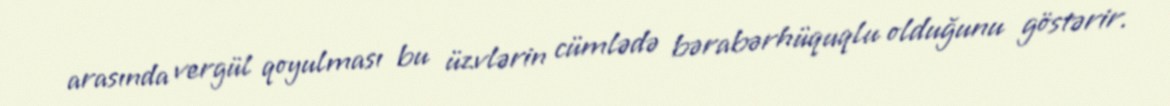
arasında vergül qoyulması bu üzvlərin cümlədə bərabərhüquqlu olduğunu göstərir.